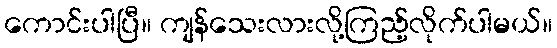
ကောင်းပါပြီ။ ကျန်သေးလားလို့ကြည့်လိုက်ပါမယ်။